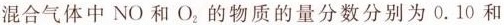
混合气体中NO和O_{2}的物质的量分数分别为0.10和